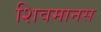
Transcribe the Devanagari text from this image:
शिवमानस